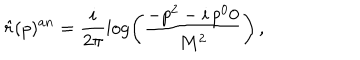
\hat { r } ( p ) ^ { a n } = \frac { i } { 2 \pi } \log \left( \frac { - p ^ { 2 } - i \, p ^ { 0 } 0 } { M ^ { 2 } } \right) \, ,